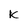
Character: k